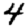
Digit: 4